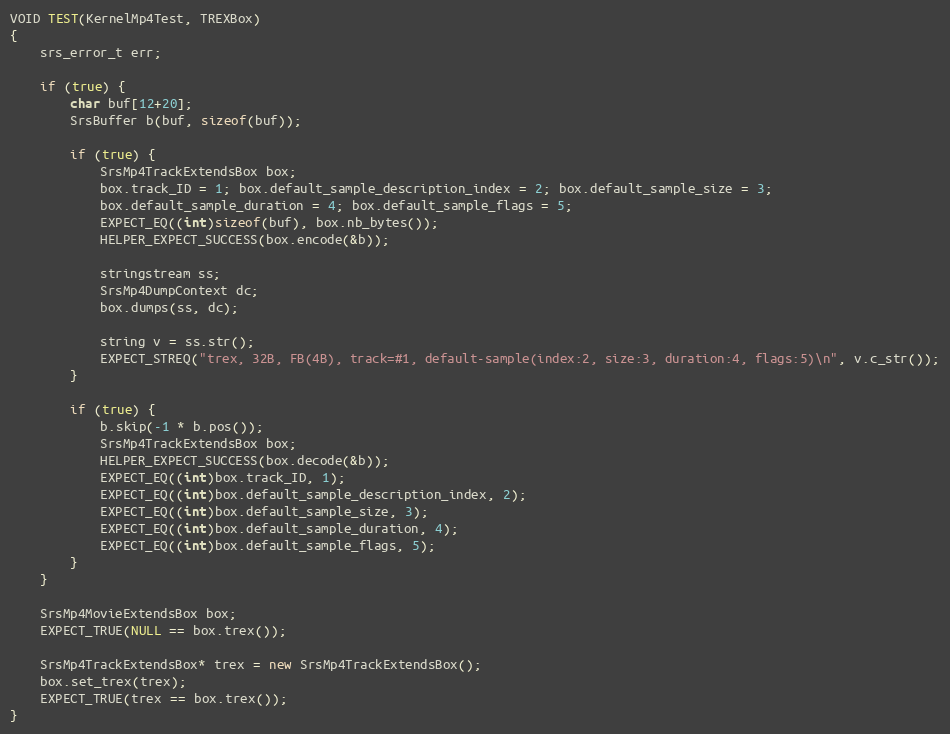
Language: C++
VOID TEST(KernelMp4Test, TREXBox)
{
    srs_error_t err;

    if (true) {
        char buf[12+20];
        SrsBuffer b(buf, sizeof(buf));

        if (true) {
            SrsMp4TrackExtendsBox box;
            box.track_ID = 1; box.default_sample_description_index = 2; box.default_sample_size = 3;
            box.default_sample_duration = 4; box.default_sample_flags = 5;
            EXPECT_EQ((int)sizeof(buf), box.nb_bytes());
            HELPER_EXPECT_SUCCESS(box.encode(&b));

            stringstream ss;
            SrsMp4DumpContext dc;
            box.dumps(ss, dc);

            string v = ss.str();
            EXPECT_STREQ("trex, 32B, FB(4B), track=#1, default-sample(index:2, size:3, duration:4, flags:5)\n", v.c_str());
        }

        if (true) {
            b.skip(-1 * b.pos());
            SrsMp4TrackExtendsBox box;
            HELPER_EXPECT_SUCCESS(box.decode(&b));
            EXPECT_EQ((int)box.track_ID, 1);
            EXPECT_EQ((int)box.default_sample_description_index, 2);
            EXPECT_EQ((int)box.default_sample_size, 3);
            EXPECT_EQ((int)box.default_sample_duration, 4);
            EXPECT_EQ((int)box.default_sample_flags, 5);
        }
    }

    SrsMp4MovieExtendsBox box;
    EXPECT_TRUE(NULL == box.trex());

    SrsMp4TrackExtendsBox* trex = new SrsMp4TrackExtendsBox();
    box.set_trex(trex);
    EXPECT_TRUE(trex == box.trex());
}